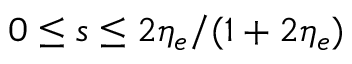
0 \leq s \leq 2 \eta _ { e } / ( 1 + 2 \eta _ { e } )